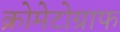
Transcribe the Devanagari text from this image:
क्रोमेटोग्राफ